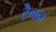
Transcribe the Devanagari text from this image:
टैनन